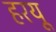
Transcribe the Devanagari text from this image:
हरयू